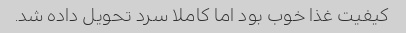
کیفیت غذا خوب بود اما کاملا سرد تحویل داده شد.